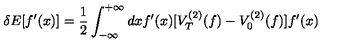
\delta E [ f ^ { \prime } ( x ) ] = { \frac { 1 } { 2 } } \int _ { - \infty } ^ { + \infty } d x f ^ { \prime } ( x ) [ V _ { T } ^ { ( 2 ) } ( f ) - V _ { 0 } ^ { ( 2 ) } ( f ) ] f ^ { \prime } ( x )